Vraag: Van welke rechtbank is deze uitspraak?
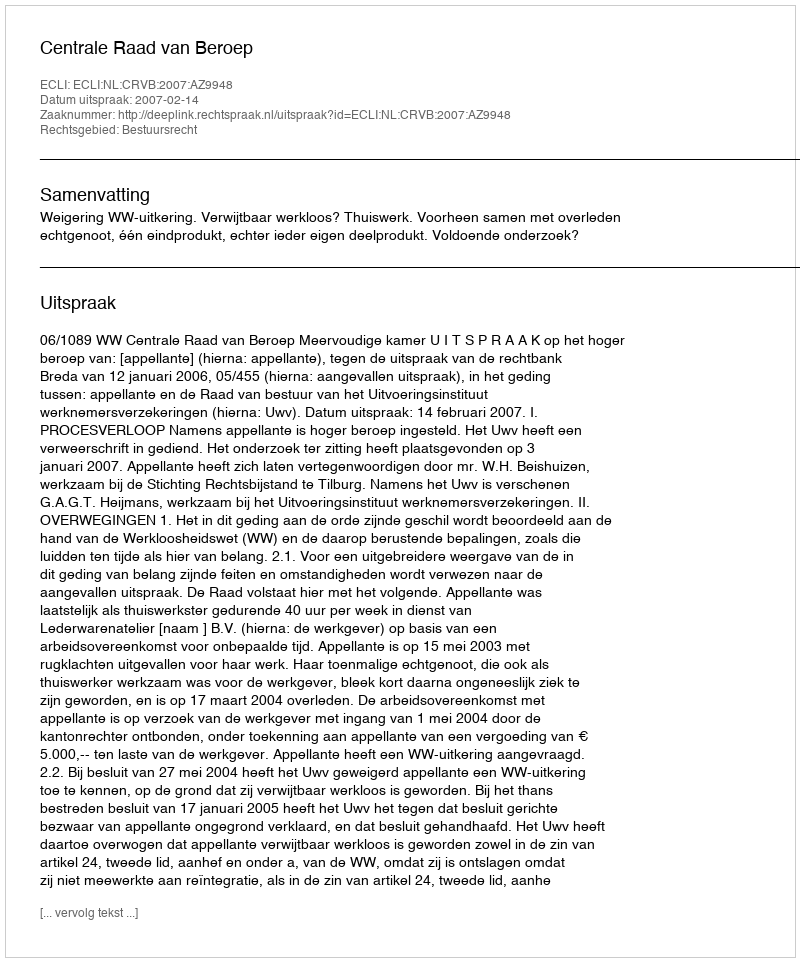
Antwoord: Centrale Raad van Beroep